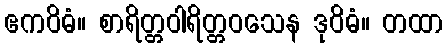
ဧကဝိဓံ။ စာရိတ္တဝါရိတ္တဝသေန ဒုဝိဓံ။ တထာ